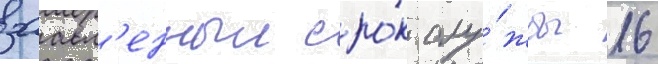
заавл'енныи сро́к слу́жбы 16